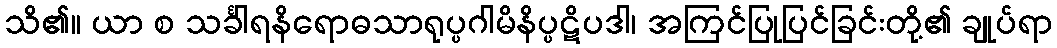
သိ၏။ ယာ စ သင်္ခါရနိရောဓသာရုပ္ပဂါမိနိပ္ပဋိပဒါ၊ အကြင်ပြုပြင်ခြင်းတို့၏ ချုပ်ရာ